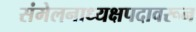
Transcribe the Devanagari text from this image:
संमेलनाध्यक्षपदावरून